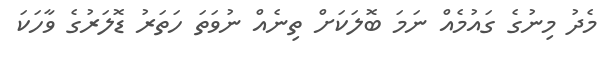
މެދު މިނުގެ ގައުމެއް ނަމަ ބޮލަކަށް ތިނެއް ނުވަތަ ހަތަރު ޑޮލަރުގެ ވާހަކަ